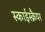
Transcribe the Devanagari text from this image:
स्काईस्क्रैपर